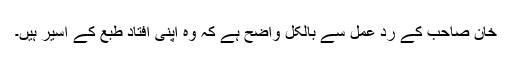
خان صاحب کے ردِ عمل سے بالکل واضح ہے کہ وہ اپنی افتادِ طبع کے اسیر ہیں۔